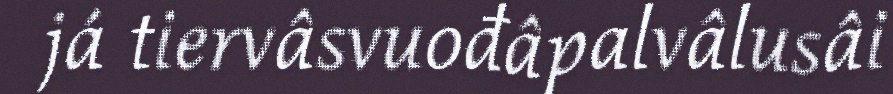
já tiervâsvuođâpalvâlusâi